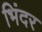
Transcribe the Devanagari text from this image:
भिंदर